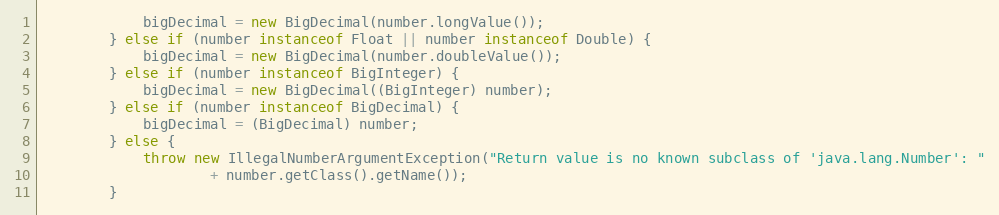
Language: Java
			bigDecimal = new BigDecimal(number.longValue());
		} else if (number instanceof Float || number instanceof Double) {
			bigDecimal = new BigDecimal(number.doubleValue());
		} else if (number instanceof BigInteger) {
			bigDecimal = new BigDecimal((BigInteger) number);
		} else if (number instanceof BigDecimal) {
			bigDecimal = (BigDecimal) number;
		} else {
			throw new IllegalNumberArgumentException("Return value is no known subclass of 'java.lang.Number': "
					+ number.getClass().getName());
		}